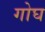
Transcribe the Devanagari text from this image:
गोघ